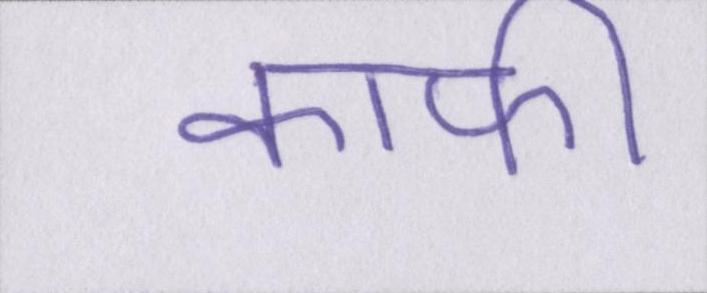
काफी